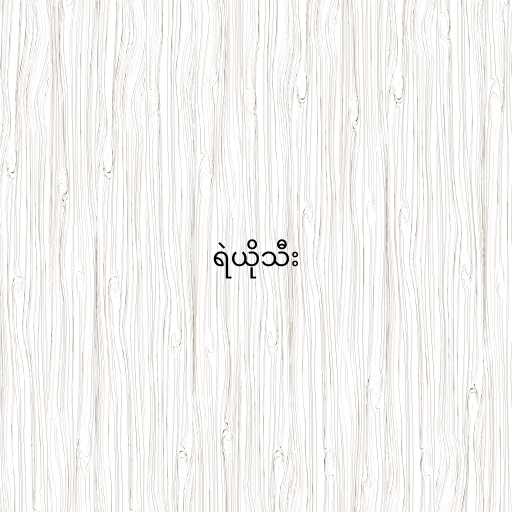
ရဲယိုသီး